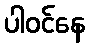
ပါဝင်နေ